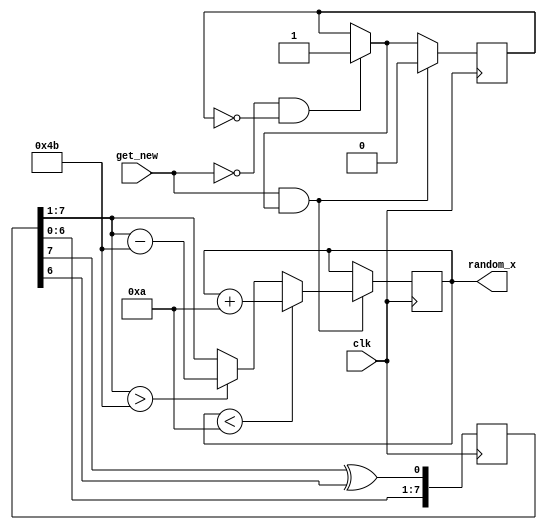
`timescale 1ns / 1ps
//////////////////////////////////////////////////////////////////////////////////
// Company: 
// Engineer: 
// 
// Design Name: 
// Module Name: random_x_generator
// Project Name: 
// Target Devices: 
// Tool Versions: 
// Description: 
// 
// Dependencies: 
// 
// Revision:
// Revision 0.01 - File Created
// Additional Comments:
// 
//////////////////////////////////////////////////////////////////////////////////

// random_x_generator2 random_gen2 (.clk(clk), .get_new(ready_for_new), .random_x(random_x_a);
module random_x_generator2(
    input clk,
    input get_new, // when get_new flag is 1, obtain new number
    output reg [6:0] random_x // 7 bits to cover up to 128,
    );
    
    reg [7:0] lfsr_reg; // Keep the LFSR as 8-bit for good sequence properties
    
    initial begin
        lfsr_reg <= 8'b0001_1011; // 0 -> 42 -> 34
    end
    
    reg [31:0] generate_random_counter = 1;
    reg generate_new = 1;
    always @(posedge clk) begin
        if (get_new == 0 && generate_new == 0) generate_new = 1;
        
        // Shift left by one bit and insert the new feedback bit at position 0
        lfsr_reg <= {lfsr_reg[6:0], (lfsr_reg[7] ^ lfsr_reg[6])};   
        if (get_new && generate_new) begin 
            generate_new = 0; // stop generating new number
            // Scale the output to be within 0-80
            // This simple scaling works by taking the upper 7 bits, which gives a range of 0-127
            // Then, if the number is above 80s, we subtract 80 until it's within the range
            if (lfsr_reg[7:1] > 75) begin
                random_x <= lfsr_reg[7:1] - 75; // Adjust if the value is above 80
            end else begin
                random_x <= lfsr_reg[7:1]; // Directly use the value if it's 80 or below
            end
            
            if (random_x < 10) random_x <= random_x + 10;
        end 
    end

endmodule